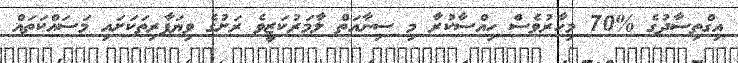
އިގްތިސާދުގެ %70 މިހާރުވެސް ހިއްސާކުރާ މި ސިނާއަތް ލާމަރުކަޒީވެ ރަށުގެ ވިޔަފާރިތަކަށައި މަސައްކަތައް